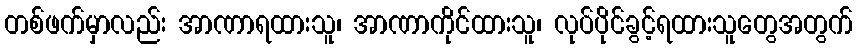
တစ်ဖက်မှာလည်း အာဏာရထားသူ၊ အာဏာကိုင်ထားသူ၊ လုပ်ပိုင်ခွင့်ရထားသူတွေအတွက်